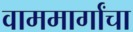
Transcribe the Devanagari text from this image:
वाममार्गांचा